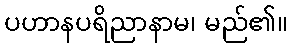
ပဟာနပရိညာနာမ၊ မည်၏။